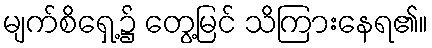
မျက်စိရှေ့၌ တွေ့မြင် သိကြားနေရ၏။